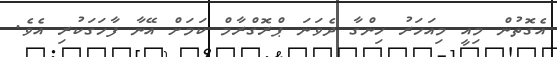
އެގޮތުން މިއީ މިއަހަރު ހިންގާ ދެވަނަ ޕްރޮގްރާމް ކަމަށް އޭނާ ފާހަގަކުރި އެވެ.